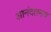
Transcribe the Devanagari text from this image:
आनंदतनय